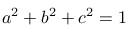
a ^ { 2 } + b ^ { 2 } + c ^ { 2 } = 1